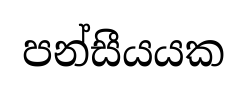
පන්සීයයක